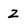
Character: z